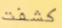
كشفت